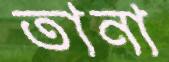
তানা